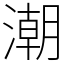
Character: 潮